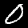
Label: 0